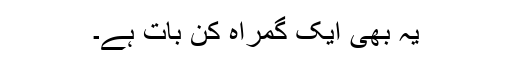
یہ بھی ایک گمراہ کن بات ہے۔